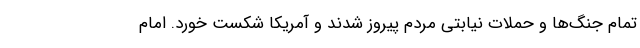
تمام جنگ‌ها و حملات نیابتی مردم پیروز شدند و آمریکا شکست خورد. امام